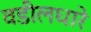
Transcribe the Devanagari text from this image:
वडीलधारे